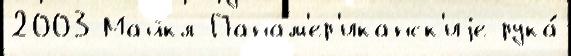
2003 Майкл Панам'ер'иканск'иjе рука́